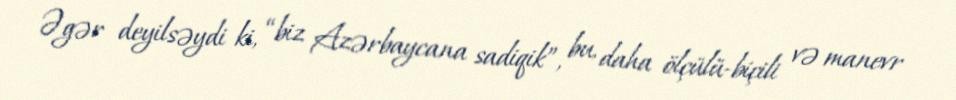
Əgər deyilsəydi ki, “biz Azərbaycana sadiqik”, bu, daha ölçülü-biçili və manevr